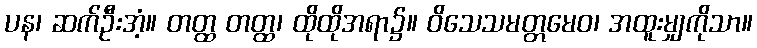
ပန၊ ဆက်ဦးအံ့။ တတ္ထ တတ္ထ၊ ထိုထိုအရာ၌။ ဝိသေသမတ္တမေဝ၊ အထူးမျှကိုသာ။